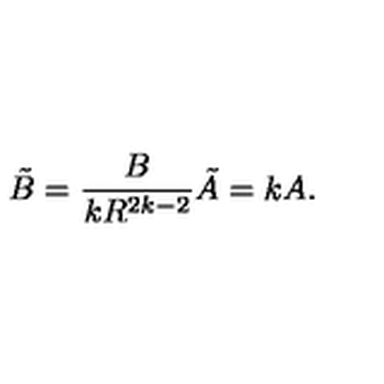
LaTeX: \tilde { B } = \frac { B } { k R ^ { 2 k - 2 } } \tilde { A } = k A .